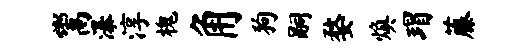
鬻瀑淳槐角狗嗣婺焕瑁藤